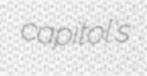
capitol's